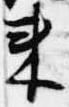
来